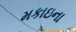
મકાઇના